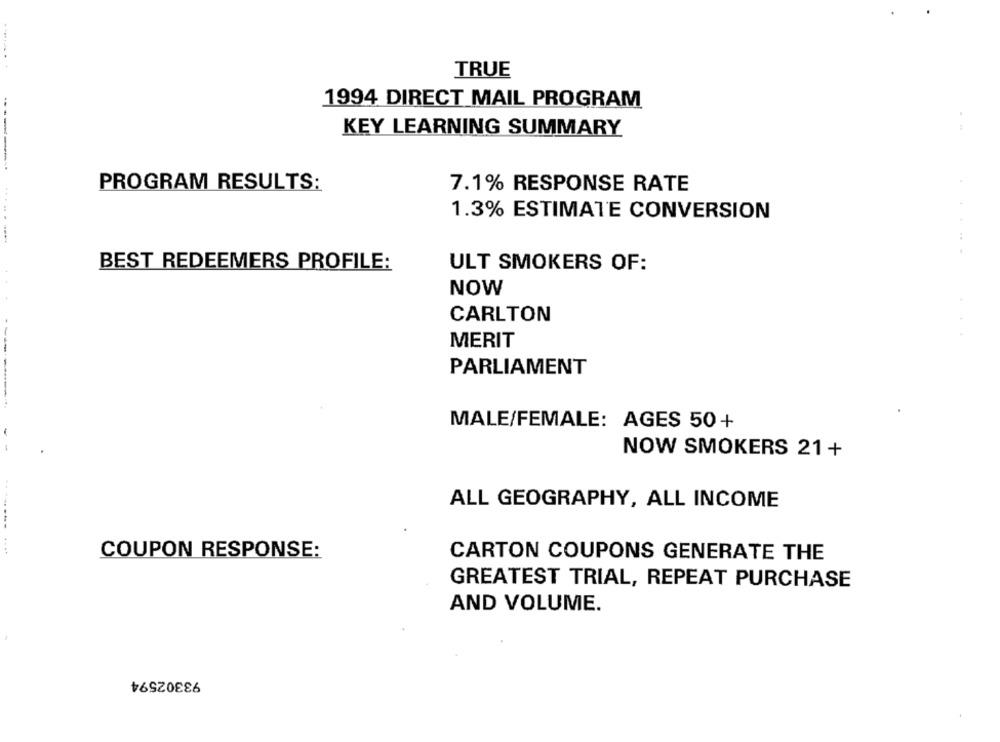
TRUE
1994 DIRECT MAIL PROGRAM
KEY LEARNING SUMMARY
--------
.
PROGRAM RESULTS:
7.1% RESPONSE RATE
1.3% ESTIMATE CONVERSION
BEST REDEEMERS PROFILE:
ULT SMOKERS OF:
NOW
CARLTON
.
MERIT
PARLIAMENT
MALE/FEMALE: AGES 50+
--
NOW SMOKERS 21+
ALL GEOGRAPHY, ALL INCOME
COUPON RESPONSE:
CARTON COUPONS GENERATE THE
GREATEST TRIAL, REPEAT PURCHASE
AND VOLUME.
93302594